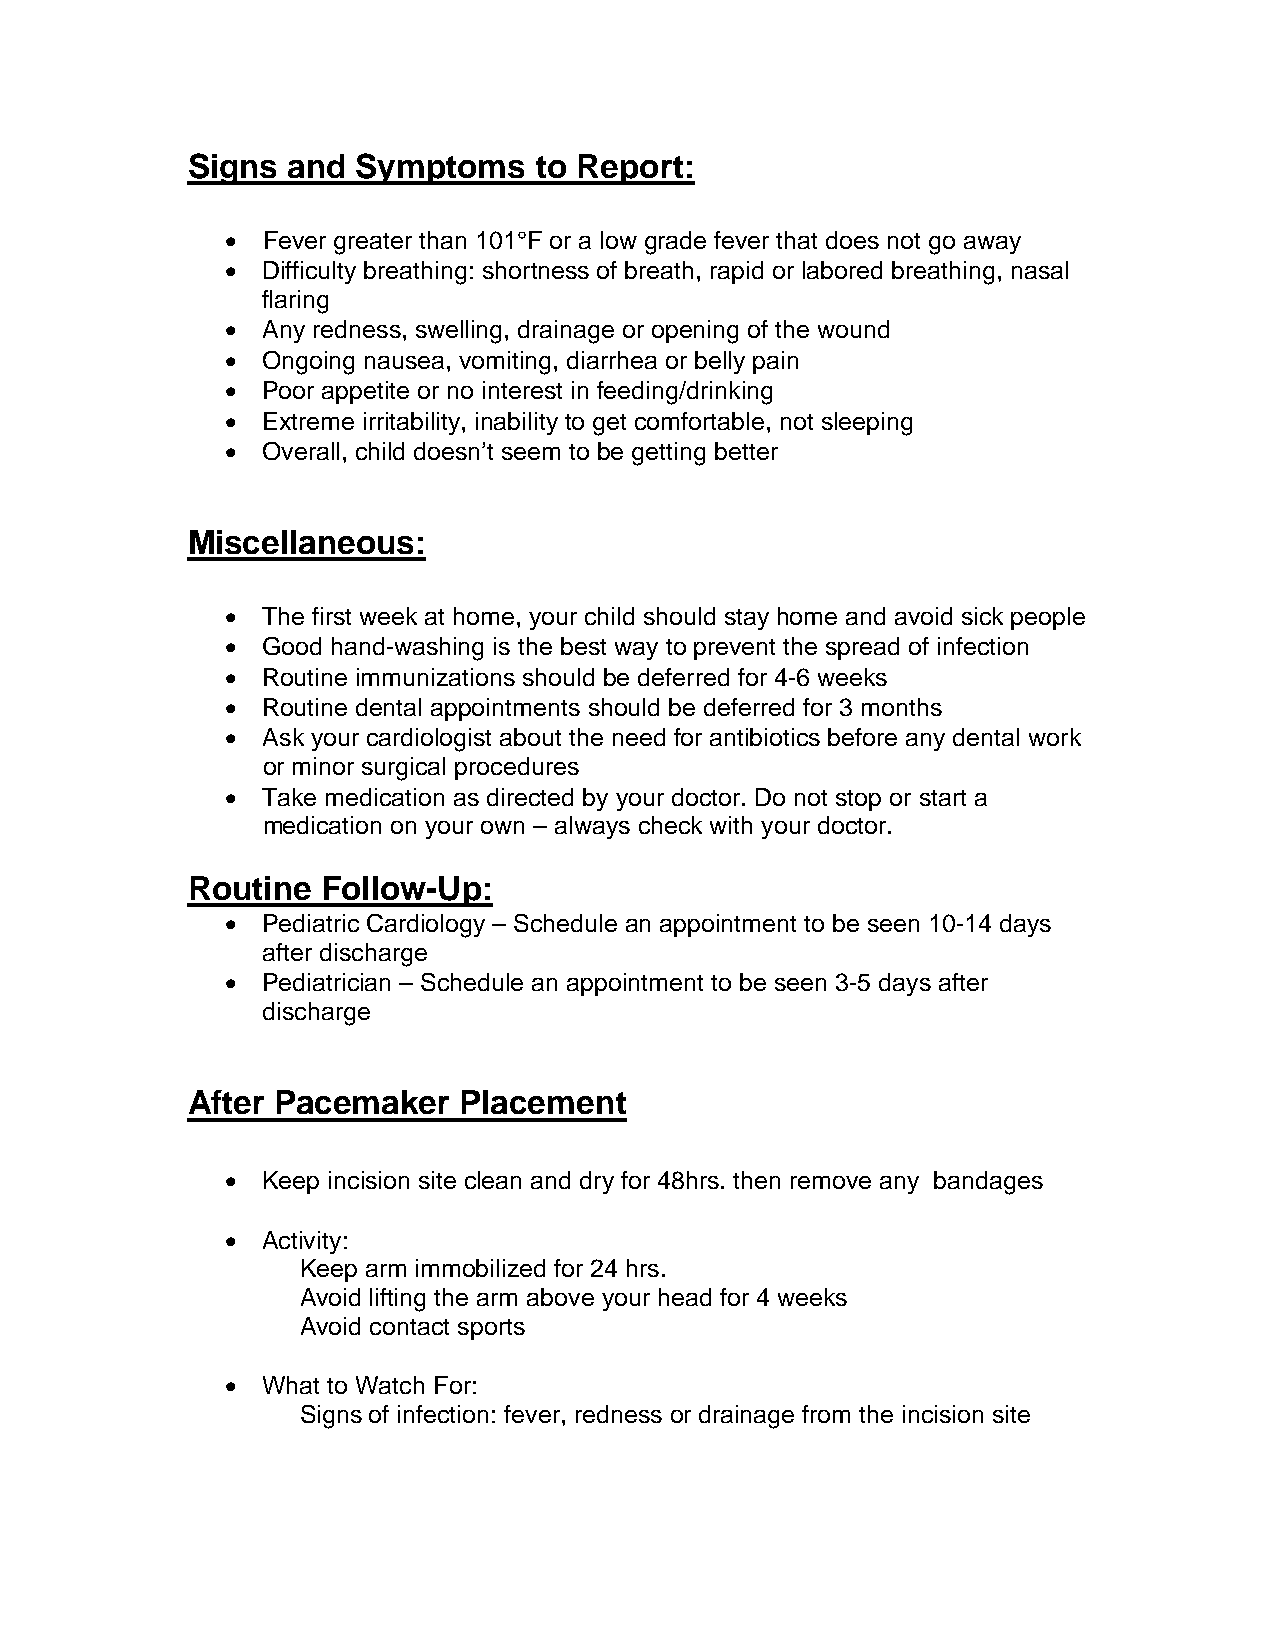
Signs  and  Symptoms   to Report:
  Fever greater than 101°F or a low grade fever that does not go away
  Difficulty breathing: shortness of breath, rapid or labored breathing, nasal
 flaring
  Any redness, swelling, drainage or opening of the wound
  Ongoing nausea, vomiting, diarrhea or belly pain
  Poor appetite or no interest in feeding/drinking
  Extreme irritability, inability to get comfortable, not sleeping
  Overall, child doesn’t seem to be getting better
 Miscellaneous:
  The first week at home, your child should stay home and avoid sick people
  Good hand-washing is the best way to prevent the spread of infection
  Routine immunizations should be deferred for 4-6 weeks
  Routine dental appointments should be deferred for 3 months
  Ask your cardiologist about the need for antibiotics before any dental work
 or minor surgical procedures
  Take medication as directed by your doctor. Do not stop or start a
 medication on your own – always check with your doctor.
 Routine  Follow-Up:
  Pediatric Cardiology – Schedule an appointment to be seen 10-14 days
 after discharge
  Pediatrician – Schedule an appointment to be seen 3-5 days after
 discharge
 After Pacemaker   Placement
  Keep incision site clean and dry for 48hrs. then remove any bandages
  Activity:
 Keep arm immobilized for 24 hrs.
 Avoid lifting the arm above your head for 4 weeks
 Avoid contact sports
  What to Watch For:
 Signs of infection: fever, redness or drainage from the incision site